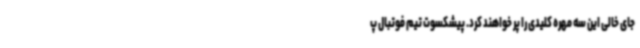
جای خالی این سه مهره کلیدی را پر خواهند کرد. پیشکسوت تیم فوتبال پ